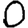
Digit: 0